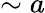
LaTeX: \sim a